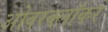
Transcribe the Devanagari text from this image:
ओवरक्लॉकर